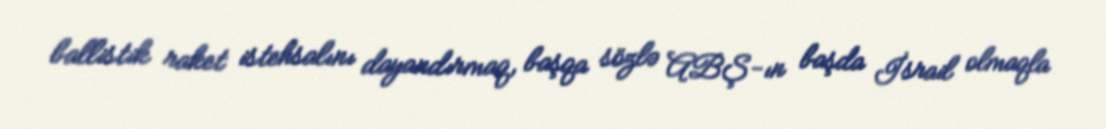
ballistik raket istehsalını dayandırmaq, başqa sözlə ABŞ-ın başda İsrail olmaqla